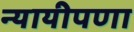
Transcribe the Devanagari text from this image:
न्यायीपणा